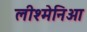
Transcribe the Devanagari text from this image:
लीश्मेनिआ